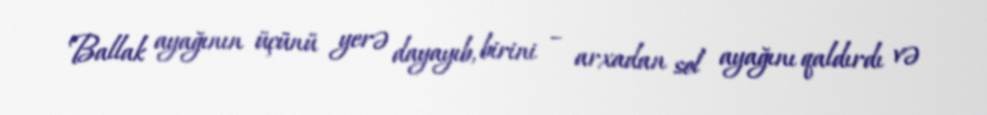
Ballak ayağının üçünü yerə dayayıb, birini – arxadan sol ayağını qaldırdı və